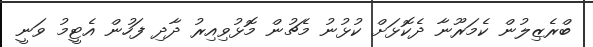
ބްރެޒިލުން ކެމަރޫނާ ދެކޮޅަށް ކުޅުނު މެޗުން މޮޅުވިއިރު ދާދި ފަހުން އެޓީމު ވަނީ